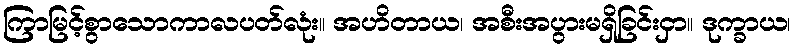
ကြာမြင့်စွာသောကာလပတ်လုံး။ အဟိတာယ၊ အစီးအပွားမရှိခြင်းငှာ။ ဒုက္ခာယ၊